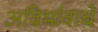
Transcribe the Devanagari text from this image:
अविर्भावाचे